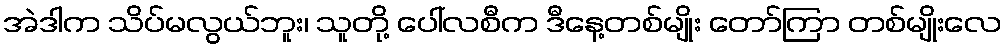
အဲဒါက သိပ်မလွယ်ဘူး၊ သူတို့ ပေါ်လစီက ဒီနေ့တစ်မျိုး တော်ကြာ တစ်မျိုးလေ